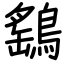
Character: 鷂